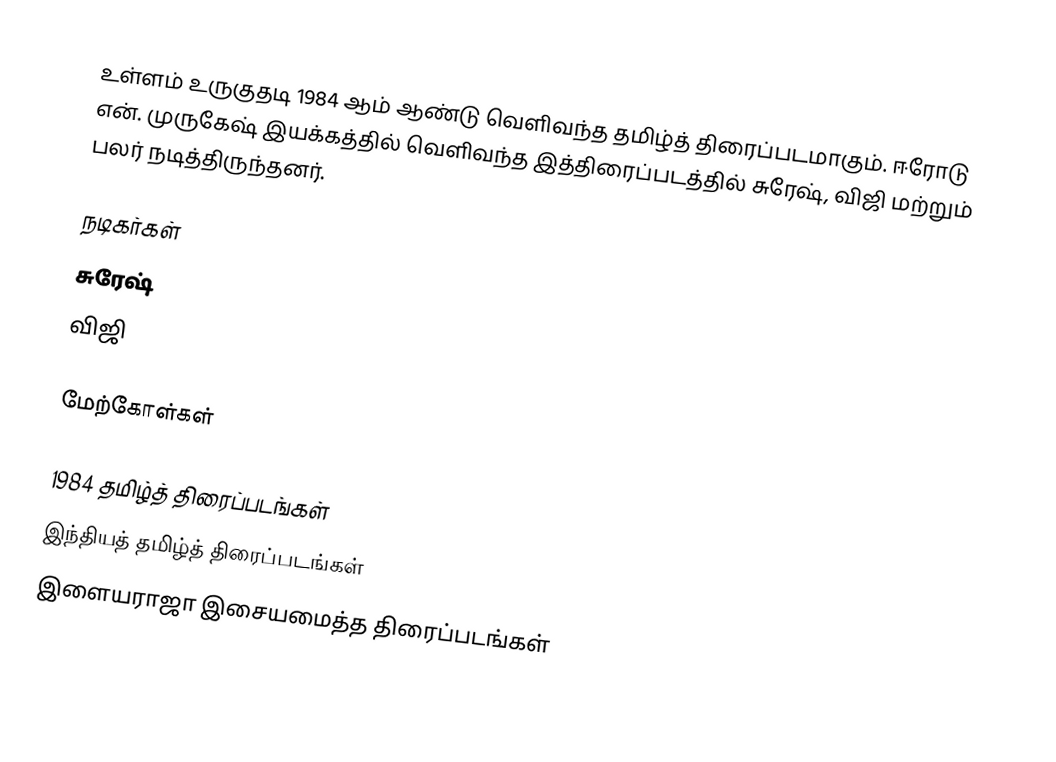
உள்ளம் உருகுதடி 1984 ஆம் ஆண்டு வெளிவந்த தமிழ்த் திரைப்படமாகும். ஈரோடு என். முருகேஷ் இயக்கத்தில் வெளிவந்த இத்திரைப்படத்தில் சுரேஷ், விஜி மற்றும் பலர் நடித்திருந்தனர்.

நடிகர்கள்
 சுரேஷ்
 விஜி

மேற்கோள்கள்

1984 தமிழ்த் திரைப்படங்கள்
இந்தியத் தமிழ்த் திரைப்படங்கள்
இளையராஜா இசையமைத்த திரைப்படங்கள்